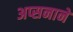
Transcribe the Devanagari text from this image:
अप्सनाने